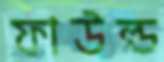
ফাউল্ড